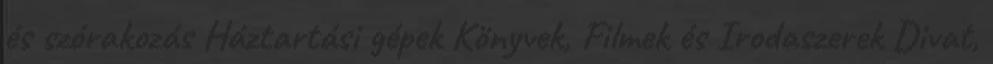
és szórakozás Háztartási gépek Könyvek, Filmek és Irodaszerek Divat,